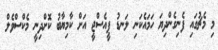
މި މެޗުގައި ފެނިގެންދިޔަ ހަމައެކަނި ލަނޑު ޕީއެސްޖީ އަށް ކާމިޔާބު ކޮށްދިނީ މެކްސްވެލް